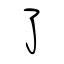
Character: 了